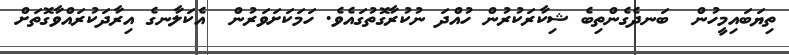
ތިޔަބައިމީހުން  ބަނދެގެންތިބެ ޝިކާރަކުރުން ހުއްދަ ނުކުރާގޮތުގައެވެ. ހަމަކަށަވަރުން  އެކަލާނގެ އިރާދަކުރައްވާގޮތަށް